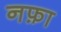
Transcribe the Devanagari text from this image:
नफ़ा